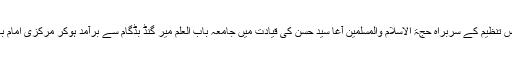
عاشورا کا سب سے بڑا جلوس تنظیم کے سربراہ حجۃ الاسلام والمسلمین آغا سید حسن کی قیادت میں جامعہ باب العلم میر گنڈ بڈگام سے برآمد ہوکر مرکزی امام باڑہ بڈگام میں اختتام پذیر ہوا۔